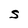
Character: S